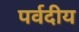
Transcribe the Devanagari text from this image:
पर्वदीय